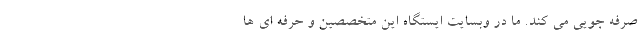
صرفه جویی می ­کند. ما در وبسایت ایستگاه این متخصصین و حرفه­­ ای ­ها